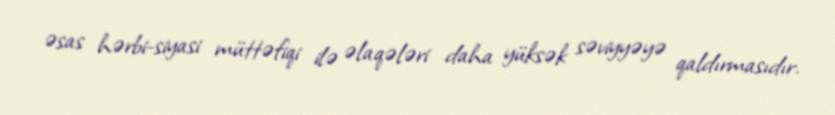
əsas hərbi-siyasi müttəfiqi ilə əlaqələri daha yüksək səviyyəyə qaldırmasıdır.